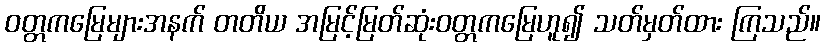
ဝတ္တကမြေများအနက် တတိယ အမြင့်မြတ်ဆုံးဝတ္တကမြေဟူ၍ သတ်မှတ်ထား ကြသည်။